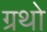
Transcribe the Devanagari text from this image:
ग्रथो